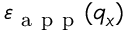
{ { \varepsilon } _ { \mathrm { ~ a ~ p ~ p ~ } } } ( { { q } _ { x } } )